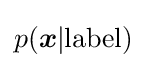
p({{\boldsymbol {x}}|{\rm {label}}})